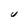
Character: U